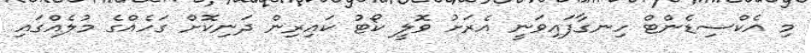
މި އެކްސިޑެންޓް ހިނގާފައިވަނީ އެރަށު ވޮލީ ކޯޓު ކައިރިން ދަނިކޮށް ގަހެއްގެ މުލެއްގައި